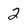
Character: 2